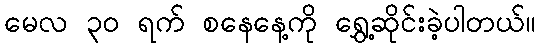
မေလ ၃၀ ရက် စနေနေ့ကို ရွှေ့ဆိုင်းခဲ့ပါတယ်။